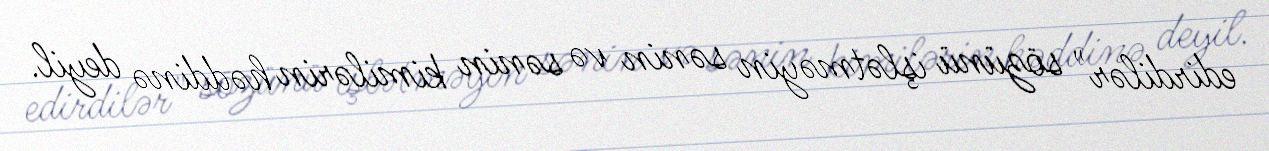
edirdilər" sözünü işlətməyin sənin və sənin kimilərin həddinə deyil.